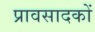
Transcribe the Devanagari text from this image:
प्रावसादकों